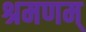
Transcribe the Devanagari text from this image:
श्रमणम्